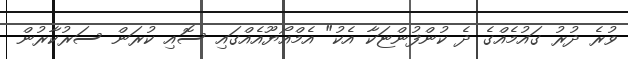
ވުރެ ދުރު ގައުމެއްގެ ދެ ކުންފުންޏަކާ އެކު" އެމްއޯޔޫއެއްގައި ސޮއި ކުރަން ސަރުކާރުން